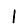
Digit: 1